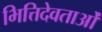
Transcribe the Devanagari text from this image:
भित्तिदेवताओं